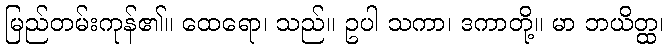
မြည်တမ်းကုန်၏။ ထေရော၊ သည်။ ဥပါ သကာ၊ ဒကာတို့။ မာ ဘယိတ္ထ၊